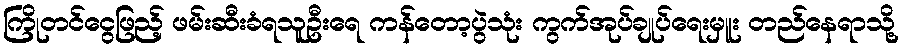
ကြိုတင်ငွေဖြည့် ဖမ်းဆီးခံရသူဦးရေ ကန်တော့ပွဲသုံး ကွက်အုပ်ချုပ်ရေးမှူး တည်နေရာသို့